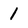
Character: I